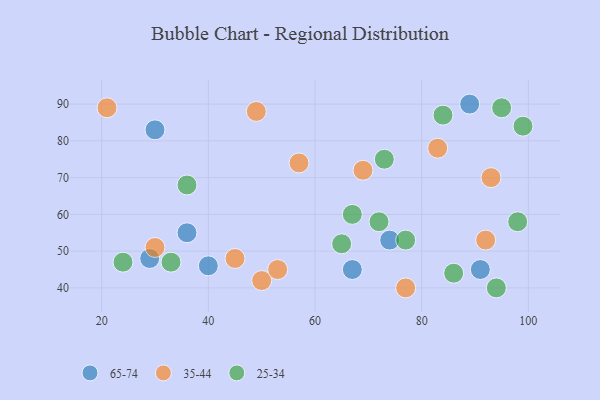
{"axis": {"x": "GDP", "y": "Life Expectancy"}, "legend": ["25-34", "35-44", "65-74"], "data": [{"x": "89", "y": 90, "type": "65-74"}, {"x": "36", "y": 55, "type": "65-74"}, {"x": "40", "y": 46, "type": "65-74"}, {"x": "74", "y": 53, "type": "65-74"}, {"x": "91", "y": 45, "type": "65-74"}, {"x": "67", "y": 45, "type": "65-74"}, {"x": "29", "y": 48, "type": "65-74"}, {"x": "30", "y": 83, "type": "65-74"}, {"x": "77", "y": 40, "type": "35-44"}, {"x": "50", "y": 42, "type": "35-44"}, {"x": "93", "y": 70, "type": "35-44"}, {"x": "83", "y": 78, "type": "35-44"}, {"x": "30", "y": 51, "type": "35-44"}, {"x": "69", "y": 72, "type": "35-44"}, {"x": "57", "y": 74, "type": "35-44"}, {"x": "53", "y": 45, "type": "35-44"}, {"x": "49", "y": 88, "type": "35-44"}, {"x": "21", "y": 89, "type": "35-44"}, {"x": "45", "y": 48, "type": "35-44"}, {"x": "92", "y": 53, "type": "35-44"}, {"x": "67", "y": 60, "type": "25-34"}, {"x": "86", "y": 44, "type": "25-34"}, {"x": "98", "y": 58, "type": "25-34"}, {"x": "72", "y": 58, "type": "25-34"}, {"x": "77", "y": 53, "type": "25-34"}, {"x": "99", "y": 84, "type": "25-34"}, {"x": "84", "y": 87, "type": "25-34"}, {"x": "94", "y": 40, "type": "25-34"}, {"x": "33", "y": 47, "type": "25-34"}, {"x": "95", "y": 89, "type": "25-34"}, {"x": "73", "y": 75, "type": "25-34"}, {"x": "36", "y": 68, "type": "25-34"}, {"x": "65", "y": 52, "type": "25-34"}, {"x": "24", "y": 47, "type": "25-34"}]}